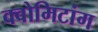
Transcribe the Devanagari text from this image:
क्वोमिटांग